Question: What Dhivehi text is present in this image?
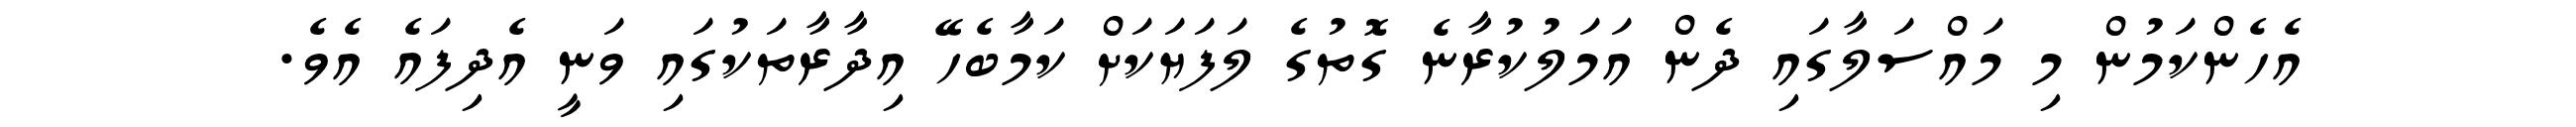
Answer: އެހެންކަމުން މި މައްސަލާގައި ދެން އަމަލުކުރާނެ ގޮތުގެ ލަފަޔަކަށް ކަމާބެހޭ އިދާރާތަކުގައި ވަނީ އެދިފައެ އެވެ.